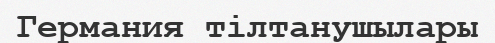
Германия тілтанушылары